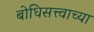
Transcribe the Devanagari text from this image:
बोधिसत्त्वाच्या